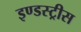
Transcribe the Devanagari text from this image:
इण्डस्ट्रीस